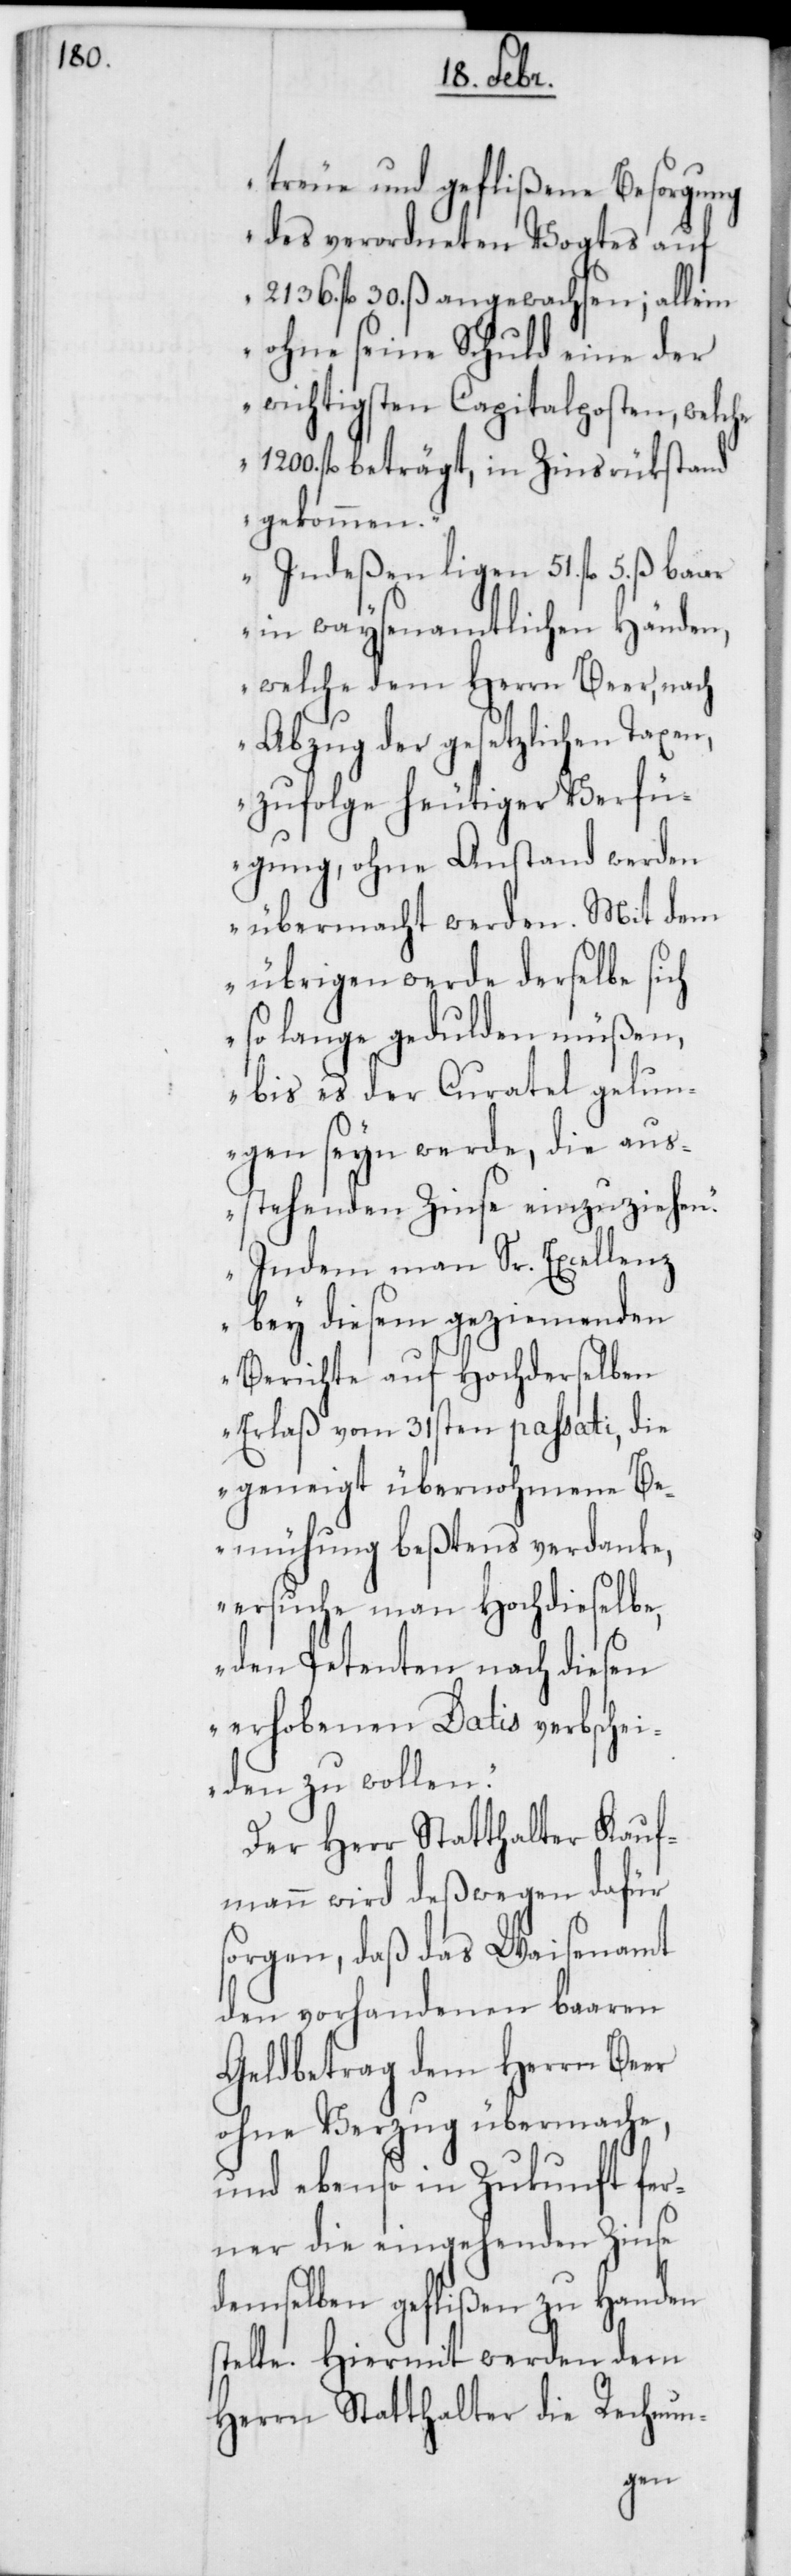
treue und geflißene Besorgung
des verordneten Vogtes auf
2136. fl. 30. ß angewachsen; allein
ohne seine Schuld eine der
wichtigsten Capitalposten, welche
1200. fl. beträgt, in Zinsrükstand
gekommen.
Indeßen ligen 51. fl. 5. ß baar
in waysenamtlichen Händen,
welche dem Herrn Beer, nach
Abzug der gesetzlichen Taxen,
zufolge heutiger Verfü¬
gung, ohne Anstand werden
übermacht werden. Mit dem
Übrigen werde derselbe sich
so lange gedulden müßen,
bis es der Curatel gelun¬
gen seyn werde, die aus¬
stehenden Zinse einzuziehen.
Indem man Sr. Excellenz
bey diesem geziemenden
Berichte auf Hochderselben
Erlaß vom 31sten passati, die
geneigt übernohmene Be¬
mühung beßtens verdanke,
ersuche man Hochdieselbe,
den Petenten nach diesen
erhobenen Datis verbschei¬
den zu wollen.“
Der Herr Statthalter Kauf¬
mann wird deßwegen dafür
sorgen, daß das Waisenamt
den vorhandenen baaren
Geldbetrag dem Herrn Beer
ohne Verzug übermache,
und ebenso in Zukunft fer¬
ner die eingehenden Zinse
demselben geflißen zu Handen
stelle. Hiermit werden dem
Herrn Statthalter die Rechnun-